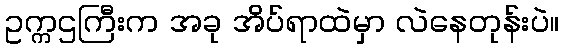
ဥက္ကဌကြီးက အခု အိပ်ရာထဲမှာ လဲနေတုန်းပဲ။